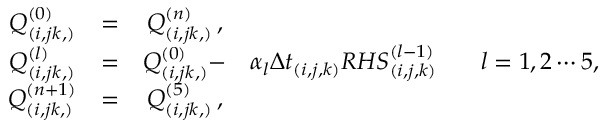
\begin{array} { c c c c c } { Q _ { ( i , j k , ) } ^ { ( 0 ) } } & { = } & { Q _ { ( i , j k , ) } ^ { ( n ) } \, \mathrm { , } } & & \\ { Q _ { ( i , j k , ) } ^ { ( l ) } } & { = } & { Q _ { ( i , j k , ) } ^ { ( 0 ) } - } & { \alpha _ { l } { \Delta t } _ { ( i , j , k ) } { R H S } _ { ( i , j , k ) } ^ { ( l - 1 ) } \, } & { \, \, \, \, l = 1 , 2 \cdots 5 , } \\ { Q _ { ( i , j k , ) } ^ { ( n + 1 ) } } & { = } & { Q _ { ( i , j k , ) } ^ { ( 5 ) } \, \mathrm { , } } & & \end{array}